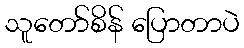
သူတော်စိန် ပြောတာပဲ